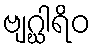
ဗျဂ္ဃါရိဝ